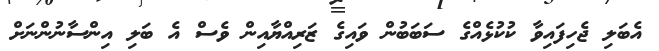
އެބަލި ޖެހިފައިވާ ކުކުޅެއްގެ ސަބަބުން ވައިގެ ޒަރިއްޔާއިން ވެސް އެ ބަލި އިންސާނުންނަށް